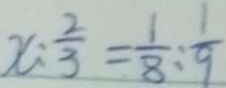
x : \frac { 2 } { 3 } = \frac { 1 } { 8 } : \frac { 1 } { 9 }